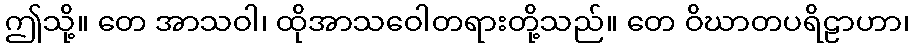
ဤသို့။ တေ အာသဝါ၊ ထိုအာသဝေါတရားတို့သည်။ တေ ဝိဃာတပရိဠာဟာ၊